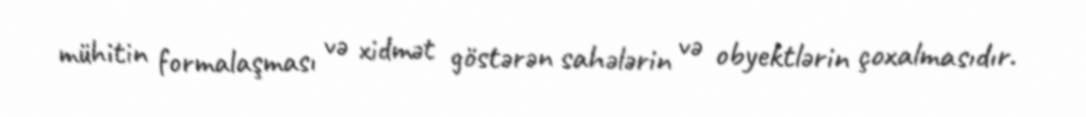
mühitin formalaşması və xidmət göstərən sahələrin və obyektlərin çoxalmasıdır.